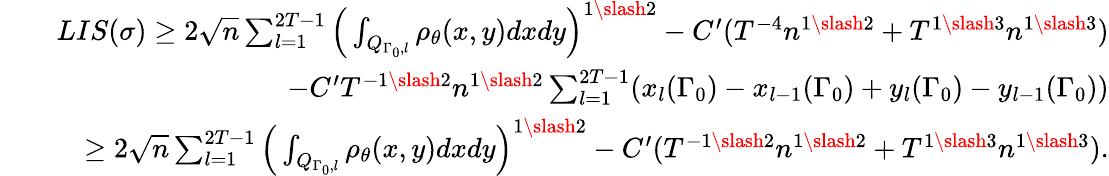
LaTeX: \begin{array}{rlr}&{}&{LIS(\sigma)\geq 2\sqrt{n}\sum_{l=1}^{2T-1}\Big(\int_{Q_{\Gamma_{0},l}}\rho_{\theta}(x,y)dxdy\Big)^{1\slash 2}-C^{\prime}(T^{-4}n^{1\slash 2}+T^{1\slash 3}n^{1\slash 3})}\\ &{}&{\quad\quad-C^{\prime}T^{-1\slash 2}n^{1\slash 2}\sum_{l=1}^{2T-1}(x_{l}(\Gamma_{0})-x_{l-1}(\Gamma_{0})+y_{l}(\Gamma_{0})-y_{l-1}(\Gamma_{0}))}\\ &{}&{\geq 2\sqrt{n}\sum_{l=1}^{2T-1}\Big(\int_{Q_{\Gamma_{0},l}}\rho_{\theta}(x,y)dxdy\Big)^{1\slash 2}-C^{\prime}(T^{-1\slash 2}n^{1\slash 2}+T^{1\slash 3}n^{1\slash 3}).}\end{array}